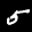
Label: 5